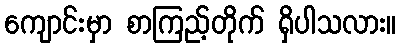
ကျောင်းမှာ စာကြည့်တိုက် ရှိပါသလား။